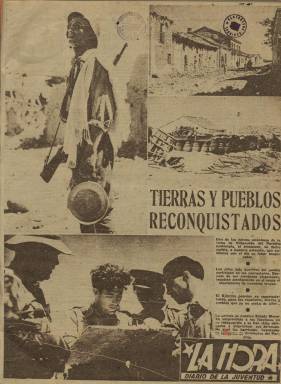
Título: La Hora (Valencia)
Colección: Guerra civil || Periódicos
Ámbito geográfico: Valencia
Lugar de publicación: Valencia
Fechas: 16/07/1937-31/01/1939

Periódico de las Juventudes Socialistas Unificadas subtitulado Diario de la Juventud que comenzó a editarse en 1937 en Valencia poco después de que el Gobierno republicano se trasladara a esta ciudad ante el riesgo de que Madrid cayera en manos del bando nacional. Valencia fue capital de la República durante un año hasta que nuevamente el Gobierno se trasladó a Barcelona.

  La Hora, edición nacional del diario madrileño Ahora, siguió editándose en Valencia hasta el año 1939, en que terminó desapareciendo como consecuencia de los reveses en la guerra para el bando republicano. El último número que posee la BNE lleva fecha de 31 de enero de 1939.

   El diario, que comenzó teniendo 12 páginas, fue perdiendo progresivamente contenido debido sin duda a la escasez de papel y de otras materias primas conforme avanzaba el conflicto. Llegó a editarse con sólo 4 páginas e incluso hubo números de solo 2 páginas.

  Lógicamente, el contenido del periódico estaba centrado en los acontecimientos de la guerra y en la propaganda a fin de estimular la moral de los combatientes. También se incluía información internacional, sobre todo las noticias relacionadas con Gran Bretaña y Francia, de las que la República esperaba una ayuda que no llegó. La información referente a la Unión Soviética y su fuerte apoyo al bando republicano figuraba en lugar preferente.

   Es también importante en el diario la información gráfica, con reportajes fotográficos que mostraban el esfuerzo de los soldados en el campo de batalla, las tareas de apoyo en la retaguardia o la actuación de las figuras políticas más representativas del Gobierno republicano. Curioso es igualmente cómo se mantenía en las últimas páginas la información de cartelera con los anuncios de las películas y obras de teatro, como si en la zona bajo control republicano se viviera en una situación de normalidad.

  Otro dato relevante es que en los primeros números del periódico se publicaron en la última página las Memorias de Niceto Alcalá Zamora, primer presidente de la II República, sustituido poco antes de comenzar la guerra por Manuel Azaña.

  Coincidiendo con el primer año de la guerra, el 18 de julio de 1937, el periódico sacó un número especial de 32 páginas en cuya portada se pueden ver a dos soldados sonrientes bajo el título: ‘Un año de lucha de la juventud española’.

  De este número especial destaca el artículo de la tercera página de Santiago Carrillo, entonces secretario general de las Juventudes Socialistas Unificadas. Junto al artículo aparece una foto de un joven Carrillo, que acabaría siendo el líder del Partido Comunista de España (PCE) tras la recuperación de la democracia en España en 1977.

[Descripción modificada el 26/04/2023]